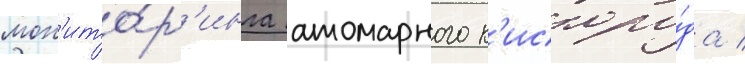
мон'ито́р'инга атомарного к'ислоро́да /